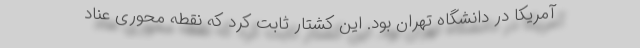
آمریکا در دانشگاه تهران بود. این کشتار ثابت کرد که نقطه محوری عناد